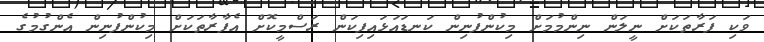
ވަކި ފަރާތަކަށް ނީލަން ނިންމުމަށް މިކުންފުނިން ކަނޑައަޅައިފިކަން ރަސްމީކޮށް އެފާރާތަކަށް މިކުންފުނިން އެންގުމުގެ